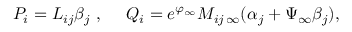
P _ { i } = L _ { i j } { \beta } _ { j } \ , \ \ \ \ Q _ { i } = e ^ { \varphi _ { \infty } } M _ { i j \, \infty } ( \alpha _ { j } + \Psi _ { \infty } \beta _ { j } ) ,